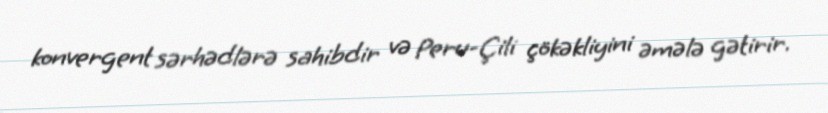
konvergent sərhədlərə sahibdir və Peru-Çili çökəkliyini əmələ gətirir.